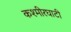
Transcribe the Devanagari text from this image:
कश्मीरघाटी